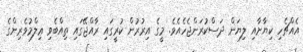
އެއްޗެހި ކިޔާށާއި ލިޔަން ދަސްކުރަންޖެހެއެވެ. މީގެ އިރުރުން ކުރީގައި ރާއްޖޭގައި ތިއްބެވި ޢިލްމުވެރިންގެ